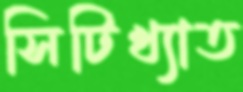
সিটিখ্যাত